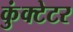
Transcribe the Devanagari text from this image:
कुंक्टेटर